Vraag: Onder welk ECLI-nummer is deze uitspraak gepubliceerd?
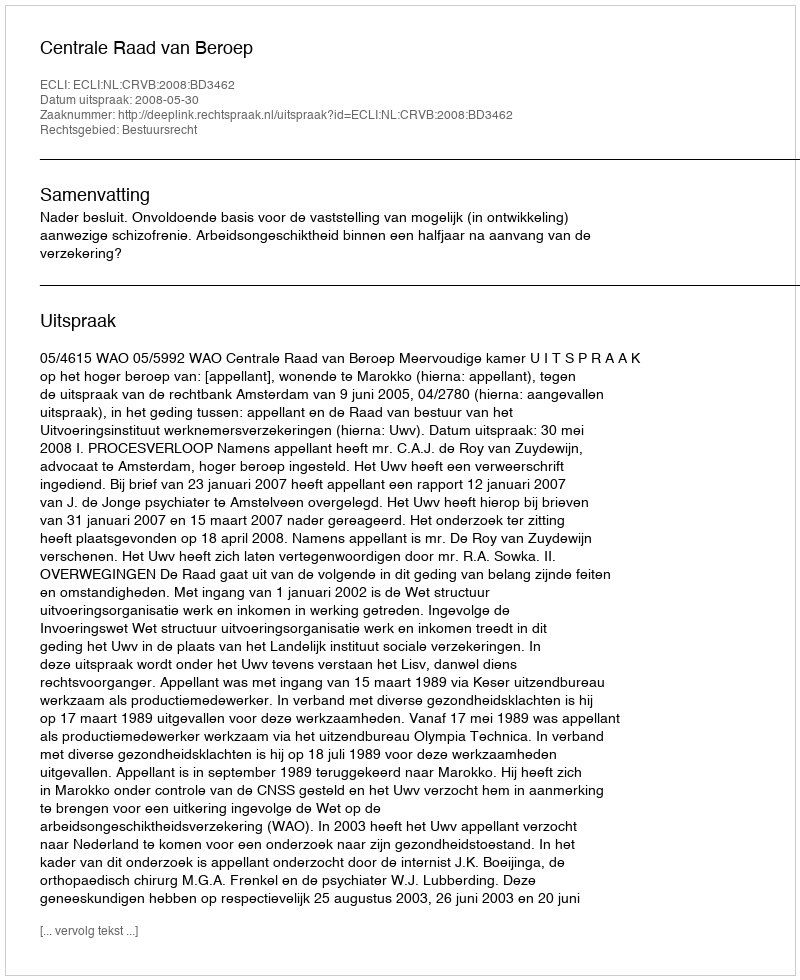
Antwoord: ECLI:NL:CRVB:2008:BD3462